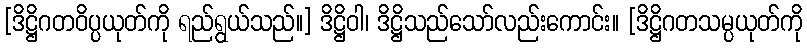
[ဒိဋ္ဌိဂတဝိပ္ပယုတ်ကို ရည်ရွယ်သည်။] ဒိဋ္ဌိဝါ၊ ဒိဋ္ဌိသည်သော်လည်းကောင်း။ [ဒိဋ္ဌိဂတသမ္ပယုတ်ကို